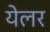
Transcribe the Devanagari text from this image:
येलर